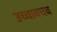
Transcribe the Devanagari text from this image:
उच्चावचव